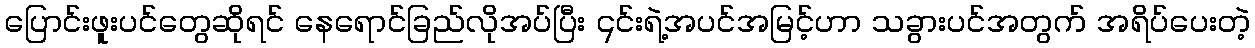
ပြောင်းဖူးပင်တွေဆိုရင် နေရောင်ခြည်လိုအပ်ပြီး ၎င်းရဲ့အပင်အမြင့်ဟာ သခွားပင်အတွက် အရိပ်ပေးတဲ့